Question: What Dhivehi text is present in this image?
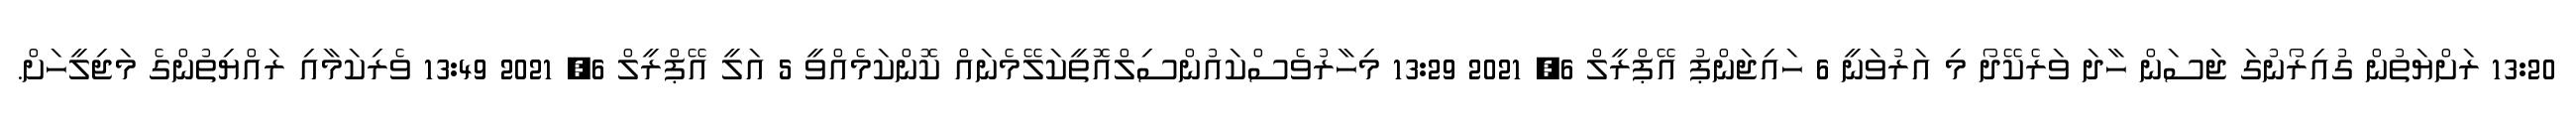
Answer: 13:20 ރަށްޔަތުން ގުއިރޯނުގަ ޖަސަން ހާދަ ވަރެކޭދޯ މި އަރުވަނީ 6 ހައިޖަންޕު އޭޕްރީލް 6, 2021 13:29 މިހާރުވެސްކައުންސިލްއޮތީކަލޭމެނައް ކޮންކަމެއްވީ 5 އަލީ އޭޕްރީލް 6, 2021 13:49 ވެރިކަމާއި ރައްޔިތުންގެ މަޖިލީހަށް.